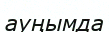
ауңымда